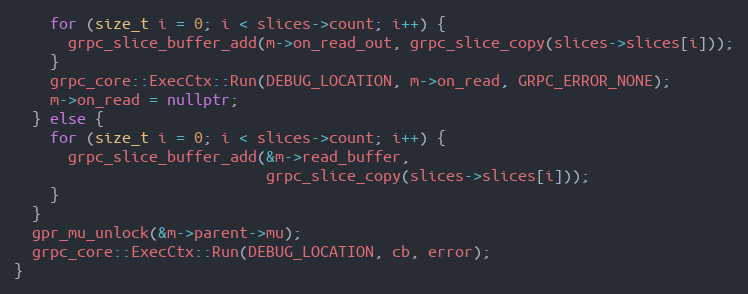
Language: C++
    for (size_t i = 0; i < slices->count; i++) {
      grpc_slice_buffer_add(m->on_read_out, grpc_slice_copy(slices->slices[i]));
    }
    grpc_core::ExecCtx::Run(DEBUG_LOCATION, m->on_read, GRPC_ERROR_NONE);
    m->on_read = nullptr;
  } else {
    for (size_t i = 0; i < slices->count; i++) {
      grpc_slice_buffer_add(&m->read_buffer,
                            grpc_slice_copy(slices->slices[i]));
    }
  }
  gpr_mu_unlock(&m->parent->mu);
  grpc_core::ExecCtx::Run(DEBUG_LOCATION, cb, error);
}